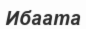
Ибаата